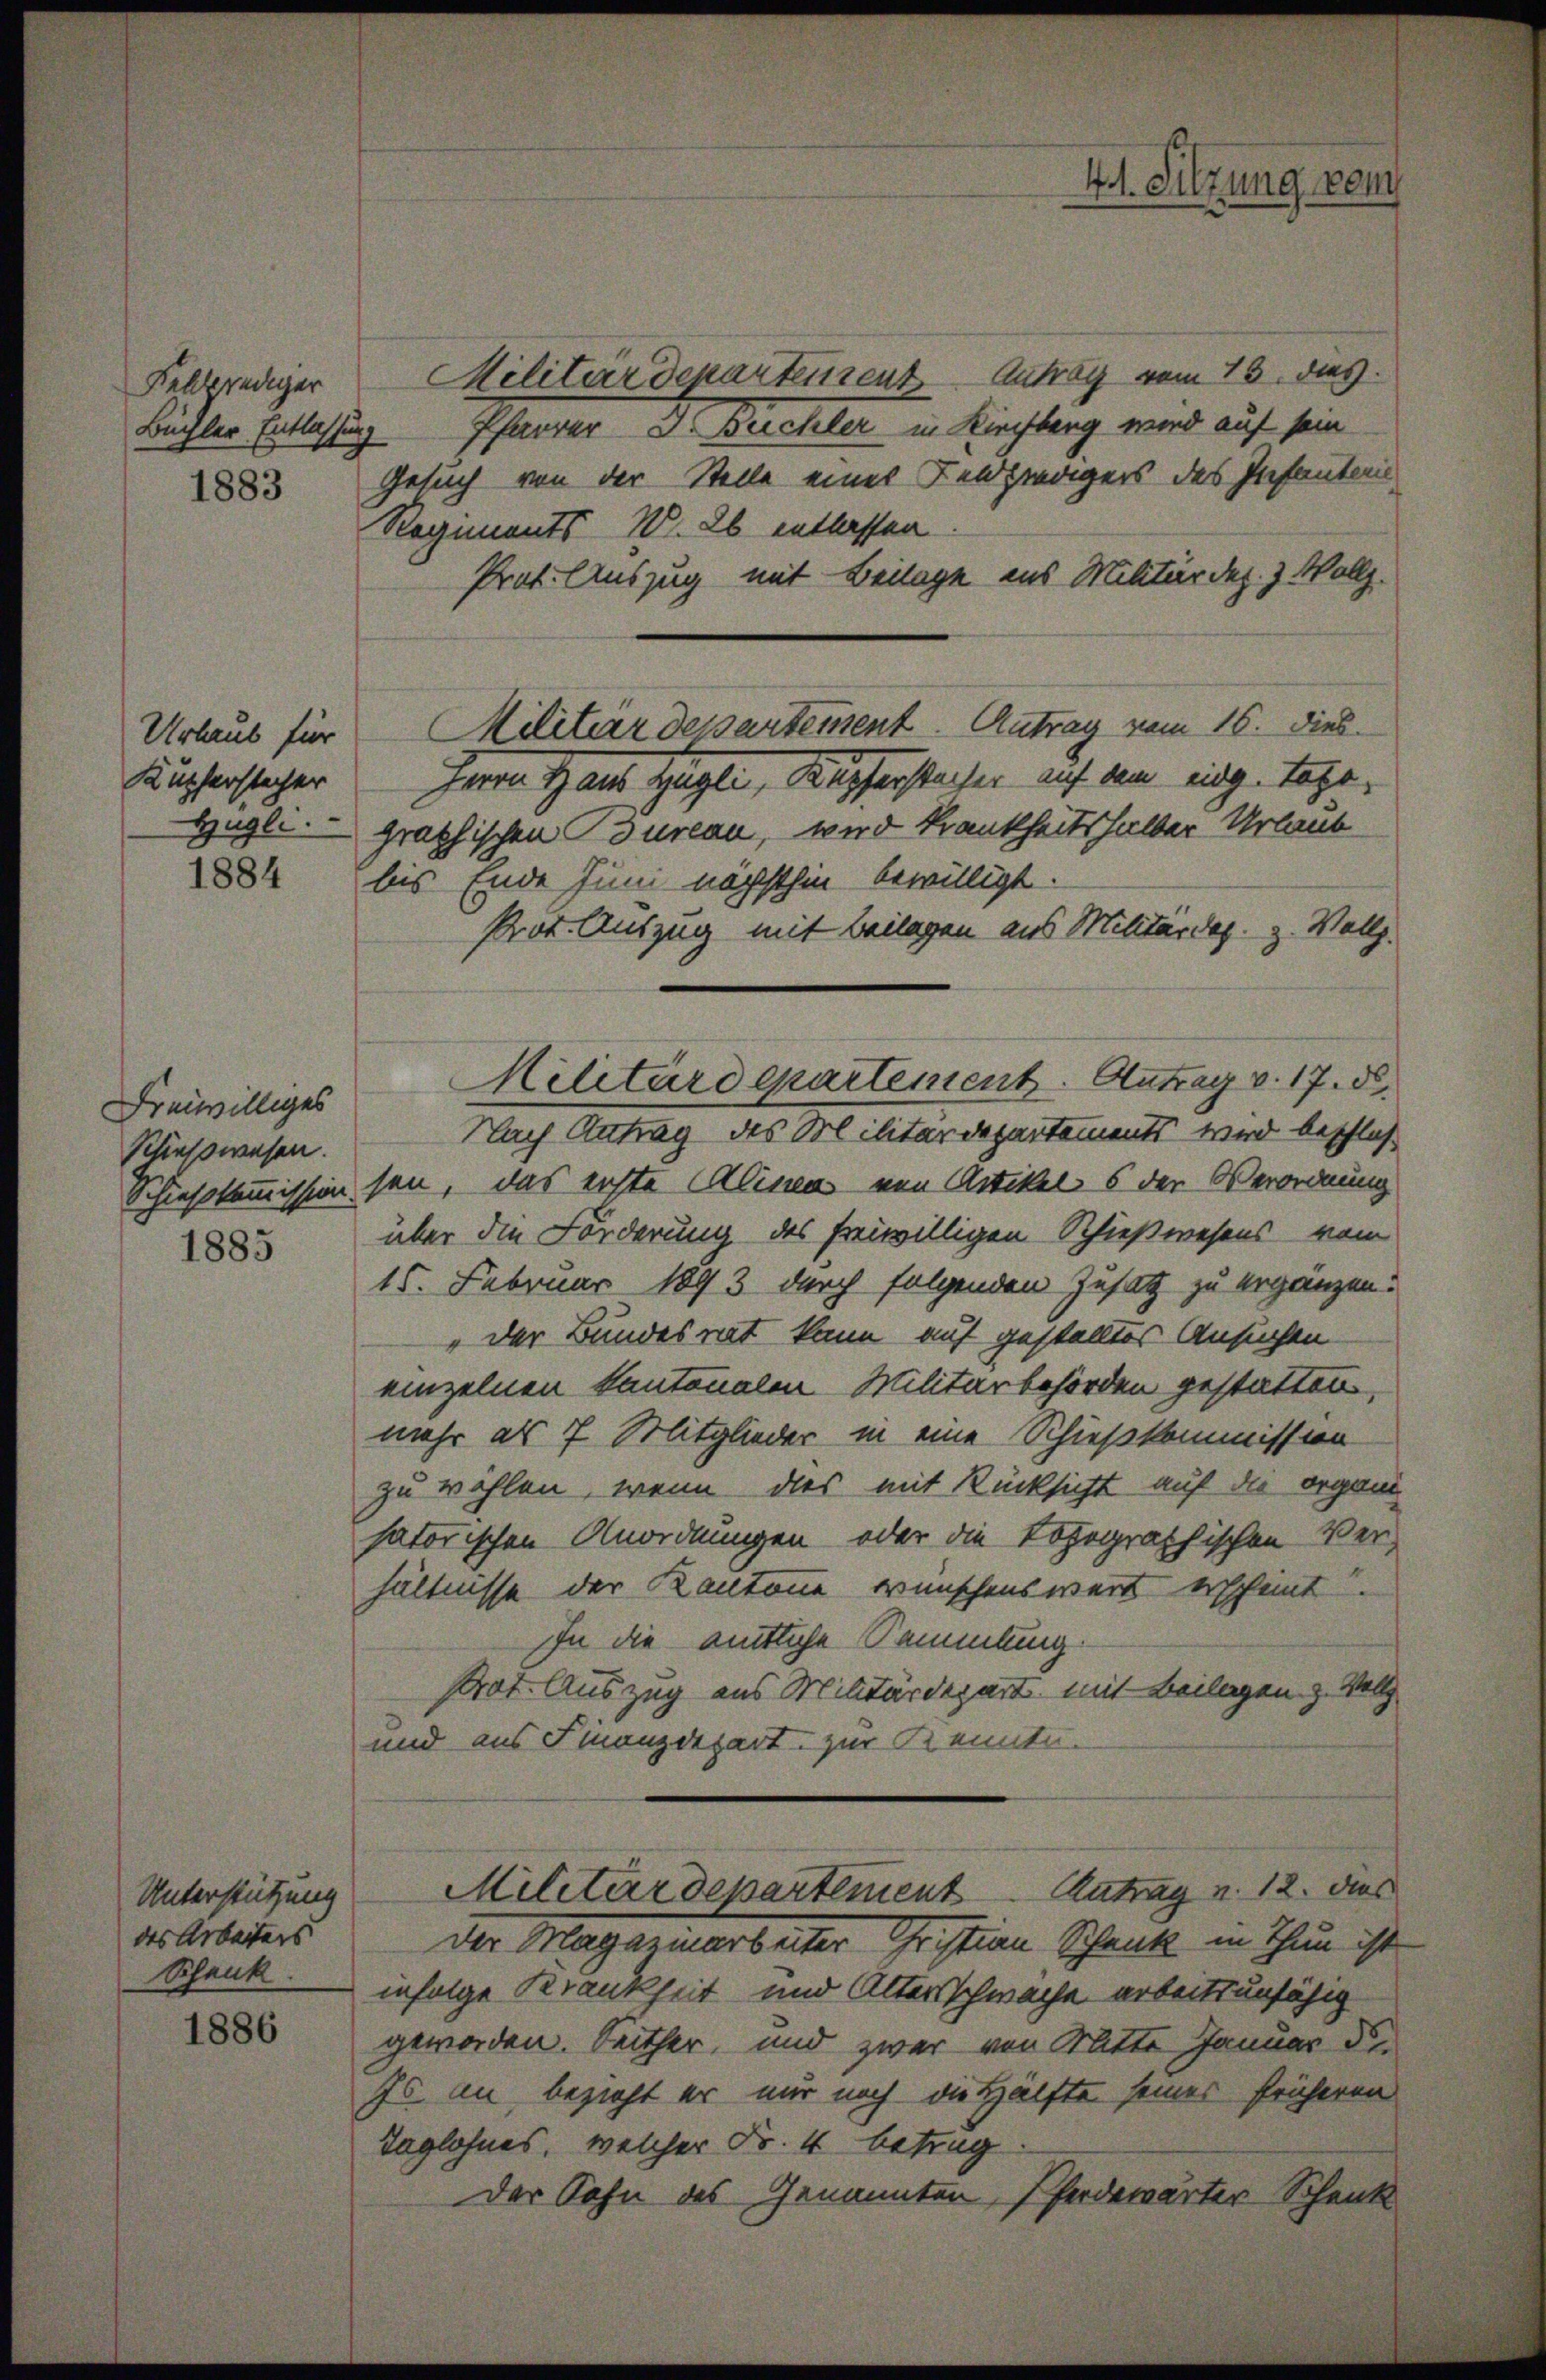
Feldprediger
Büchler Entlassung

Urlaub für
Kupferstecher
Hügli

1884

Freiwilliges
Schiesswesen.

1886

Unterstützung
des Arbeiters
Schank

Militärdepartensent Antrag vom 13. dies
Pfarrer Dr. Buchler in Kirchberg wird auf sein
1883 Gesuch von der Stelle eines Feldzwägers des Preisanterie
Regiments W. 26 entlassen
Prot. Auszug mit Beilage aus Militärdep. 3 Wollz
Herrn Haus Hügli, Kupferstecher auf dem eidg. Tage,
graphischen Bureau, wird Krankheitshalber Urlaub
bis Ende Juni nächsthin bewilligt.
Prot. Auszug mit Beilagen aus Militärdep. z. Wollg.
Nach Antrag des Militärdepartements wird beschloß
Schiesskommission sei, das erste Alinea von Artikels der Verordnung
 über die Forderung des freiwilligen Schießwesens vom
15. Februar 1893 durch folgenden Zusatz zu ergänzen.
„der Bundesrat kann auf gestelltes Ansuchen
einzelnen Kantonalen Militärbehörden gestatten,
mehr als 7 Mitglieder in eine Schießkommission
zu wählen, wenn dies mit Rücksicht auf die organi
satorischen Anordnungen oder die Lohographischen Verhältnisse der Kantone wünschenswert erscheint
In die amtliche Sammlung.
Prat. Auszug aus Militärdepart mit Beilagen z. Woll
und aus Finanzdepart zur Kenntu-
Militärdepartement Antrag u. 12. Dies
Der Magaritarbeiter Gristian Schank in Thun ist
infolge Krankheit und Altersschwache arbeitsunfähig
geworden. Seither, und zwar von Batte Januar d.
Es an, bezieht er nur noch die Hälfte seines früheren
Taglohnes, welcher Fr. 4 betrag.
Der Sohn des Genannten, Pferdewärter Schenk

Militärdepartement. Antrag vom 16. Dieb.

Militärdepartement. Antrag v. 17. d.

41. Sitzung vom